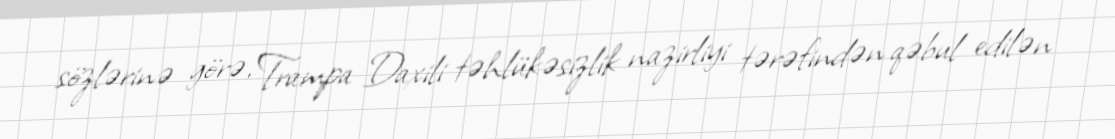
sözlərinə görə, Trampa Daxili təhlükəsizlik nazirliyi tərəfindən qəbul edilən